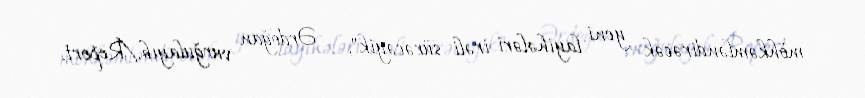
möhkəmləndirəcək yeni layihələri irəli sürəcəyik", - Ərdoğan vurğulayıb./Report.